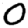
Digit: 0